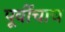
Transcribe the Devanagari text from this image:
पूर्वीचाच